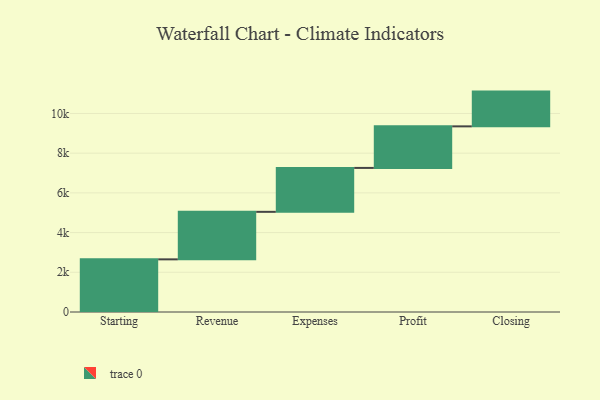
{"axis": {"x": "Step", "y": "Value"}, "legend": [""], "data": [{"x": "Starting", "y": 2652.0, "type": ""}, {"x": "Revenue", "y": 2393.0, "type": ""}, {"x": "Expenses", "y": 2212.0, "type": ""}, {"x": "Profit", "y": 2093.0, "type": ""}, {"x": "Closing", "y": 1751.0, "type": ""}]}